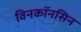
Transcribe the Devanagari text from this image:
विनकॉनसिन